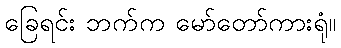
ခြေရင်း ဘက်က မော်တော်ကားရုံ။